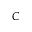
C